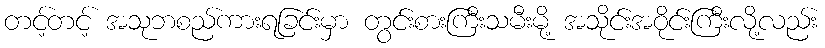
တင့်တင့် အသုဘစည်ကားရခြင်းမှာ တွင်းစားကြီးသမီးမို့ အသိုင်းအဝိုင်းကြီးလို့လည်း